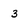
Character: 3